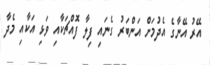
އޭރު އޭނާގެ އެދުމަށް އަންބަރު ގެނައި ފިލާ ފޮއްޗަކާއި ވަޅި އަކާއި މެދާ